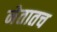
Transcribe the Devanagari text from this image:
नेतातच